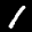
Label: 1